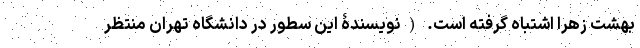
بهشت زهرا اشتباه گرفته است. (نویسندۀ این سطور در دانشگاه تهران منتظر